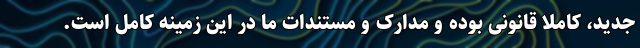
جدید، کاملا قانونی بوده و مدارک و مستندات ما در این زمینه کامل است.